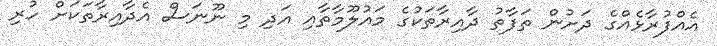
އެއްފުރާޅެއްގެ ދަށުން ތަފާތު ދާއިރާތަކުގެ މައުލޫމާތާއި އަދި މި ނޫނަސް އެދާއިރާތަކަށް ހުރި